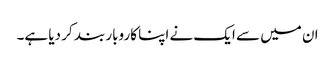
ان میں سے ایک نے اپنا کاروبار بند کر دیا ہے۔